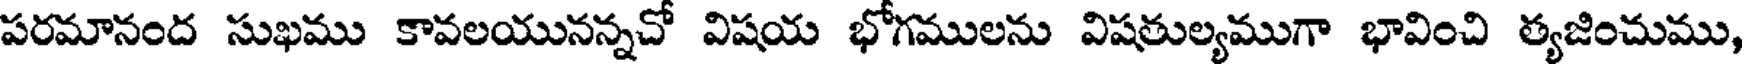
పరమానంద సుఖము కావలయునన్నచో విషయ భోగములను విషతుల్యముగా భావించి త్యజించుము,